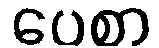
ပေစာ